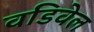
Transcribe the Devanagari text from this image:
वडिवेल